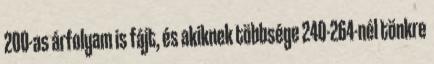
200-as árfolyam is fájt, és akiknek többsége 240-264-nél tönkre